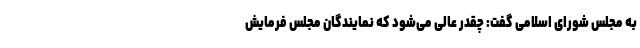
به مجلس شورای اسلامی گفت: چقدر عالی می‌شود که نمایندگان مجلس فرمایش